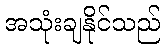
အသုံးချနိုင်သည်